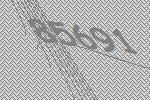
85691